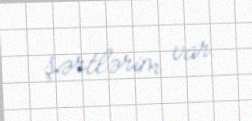
şərtlərim var.